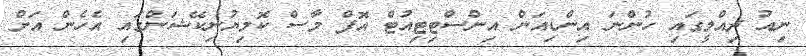
ނިއު ދިއްލީގައިި ހުންނަ އިންޑިއަން އިންސްޓިޓިއުޓް އޮފް މާސް ކޮމިޔުނިކޭޝަންގައި އެހެން އަށް